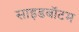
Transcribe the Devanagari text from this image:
साइडबॉटम